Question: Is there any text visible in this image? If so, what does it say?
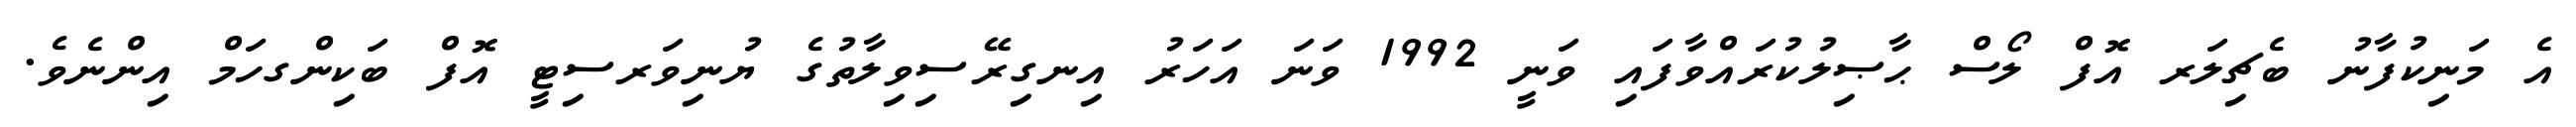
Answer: އެ މަނިކުފާނު ބެޗިލަރ އޮފް ލޯސް ޙާޞިލުކުރައްވާފައި ވަނީ 1992 ވަނަ އަހަރު އިނގިރޭސިވިލާތުގެ ޔުނިވަރސިޓީ އޮފް ބަކިންގހަމް އިންނެވެ.